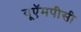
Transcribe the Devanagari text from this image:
यूऍमपीसी